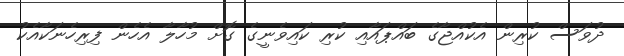
ދުވަސް ކުރިން އެކުއްޖާގެ ބައްޕައާއި ކުރި ކައިވެނީގެ ގޮށް މުހާލާ އެހެން ފިރިހެނަކާއެކު